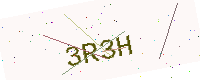
Text: 3R3H